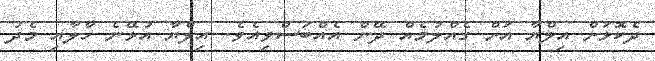
ދެކޮޅަށް އިލްޔާ އަށް ގެއްލުމެއް ދޭން އެއްބަސްވިއެވެ. އިލްޔާ އުޅޭނެ ހާލާއި މެދު